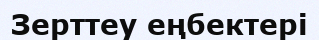
Зерттеу еңбектері